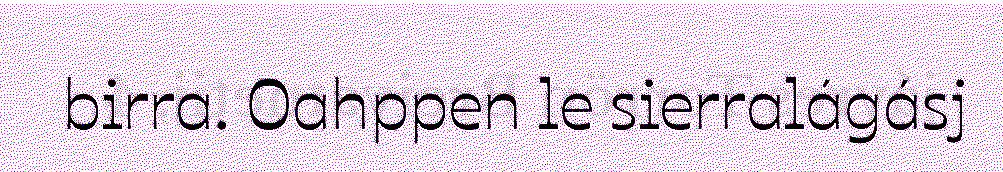
birra. Oahppen le sierralágásj